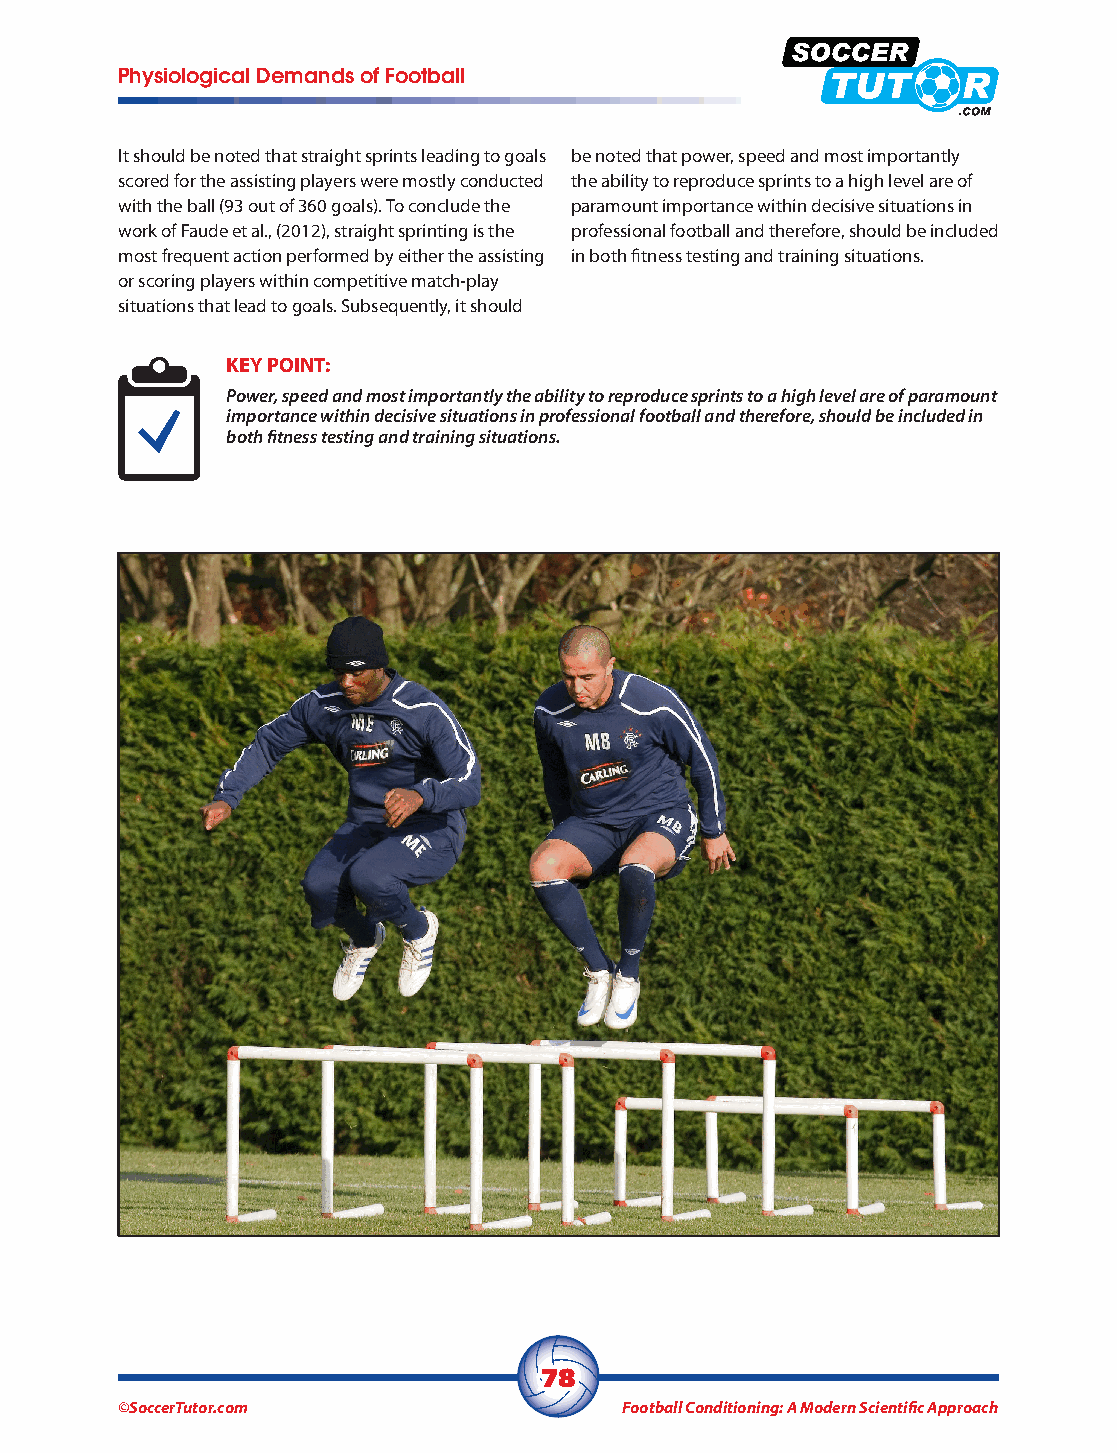
Physiological Demands of Football
 It should be noted that straight sprints leading to goals be noted that power, speed and most importantly
 scored for the assisting players were mostly conducted the ability to reproduce sprints to a high level are of
 with the ball (93 out of 360 goals). To conclude the paramount importance within decisive situations in
 work of Faude et al., (2012), straight sprinting is the professional football and therefore, should be included
 most frequent action performed by either the assisting in both fitness testing and training situations.
 or scoring players within competitive match-play
 situations that lead to goals. Subsequently, it should
 KEY POINT:
 Power, speed and most importantly the ability to reproduce sprints to a high level are of paramount
 importance within decisive situations in professional football and therefore, should be included in
 both fitness testing and training situations.
 78
 ©SoccerTutor.com                 Football Conditioning: A Modern Scientific Approach